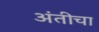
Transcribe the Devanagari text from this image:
अंतीचा